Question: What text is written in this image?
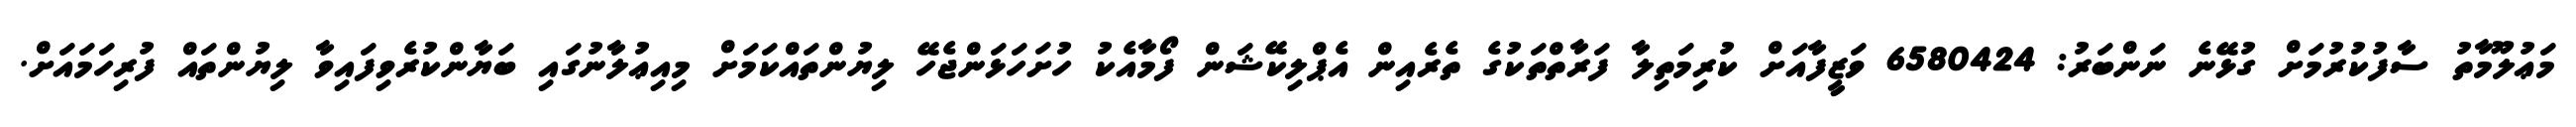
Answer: މަޢުލޫމާތު ސާފުކުރުމަށް ގުޅޭނެ ނަންބަރު: 6580424 ވަޒީފާއަށް ކުރިމަތިލާ ފަރާތްތަކުގެ ތެރެއިން އެޕްލިކޭޝަން ފޯމާއެކު ހުށަހަޅަންޖެހޭ ލިޔުންތައްކަމަށް މިއިޢުލާނުގައި ބަޔާންކުރެވިފައިވާ ލިޔުންތައް ފުރިހަމައަށް.